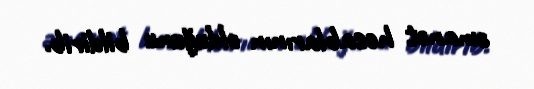
əmanət hesablarının olduğunu bildirib.